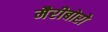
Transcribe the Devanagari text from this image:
मैरीबोरो